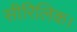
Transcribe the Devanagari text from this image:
सीरिलिक।